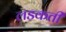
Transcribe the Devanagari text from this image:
लडकती